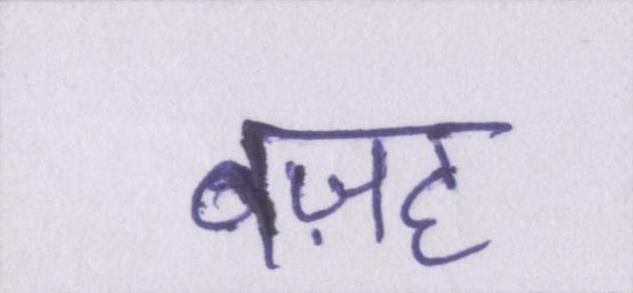
वज़ह